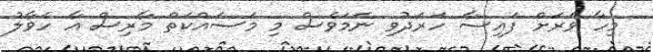
މިހާ ވަރަށް ފައިސާ ހަރަދުވި ނަމަވެސް މި މަސައްކަތް މާރިސް އާ ހަވާލު